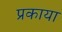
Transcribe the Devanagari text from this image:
प्रकाया